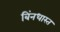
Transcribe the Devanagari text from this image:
बिंनधास्त